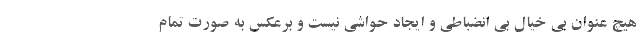
هیچ عنوان بی خیال بی انضباطی و ایجاد حواشی نیست و برعکس به صورت تمام